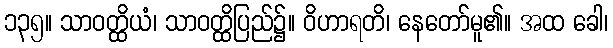
၁၃၅။ သာဝတ္ထိယံ၊ သာဝတ္ထိပြည်၌။ ဝိဟာရတိ၊ နေတော်မူ၏။ အထ ခေါ၊